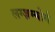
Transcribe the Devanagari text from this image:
लग्ज़म्बोर्ग